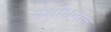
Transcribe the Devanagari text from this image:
संशोधनात्